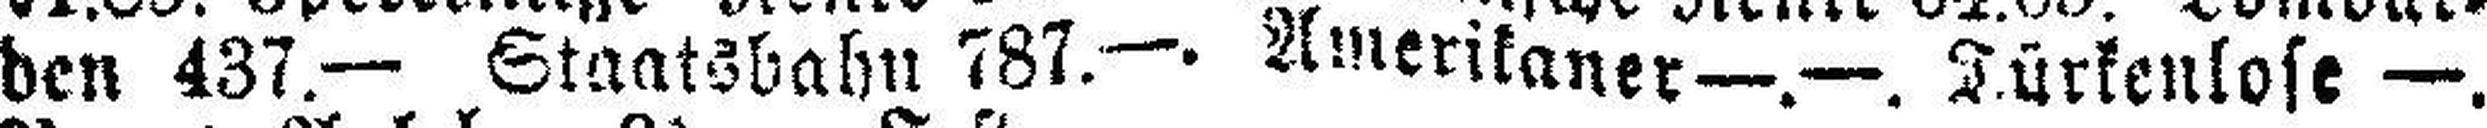
den 437.— Staatsbahn 787.—. Amerikaner —.—. Türkenlose —.